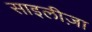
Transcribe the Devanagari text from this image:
साइलीज़ा